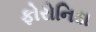
ફોરોનિડા